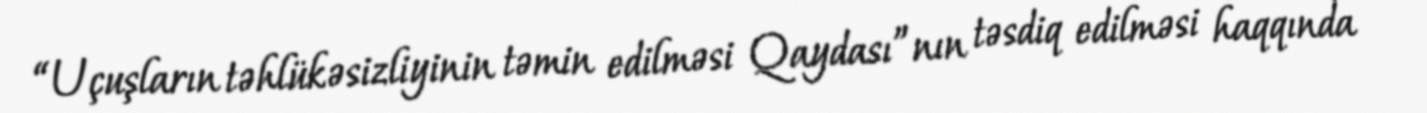
“Uçuşların təhlükəsizliyinin təmin edilməsi Qaydası”nın təsdiq edilməsi haqqında